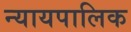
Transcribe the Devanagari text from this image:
न्यायपालिक